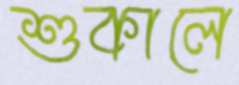
শুকালে